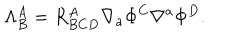
\Lambda _ { B } ^ { A } = R _ { B C D } ^ { A } \nabla _ { a } \Phi ^ { C } \nabla ^ { a } \Phi ^ { D } .